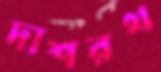
দাশরথ